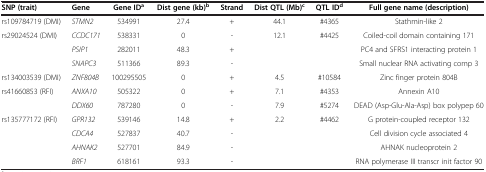
<table><thead><tr><td><b>SNP (trait)</b></td><td><b>Gene</b></td><td><b>Gene ID<sup>a</sup></b></td><td><b>Dist gene (kb)<sup>b</sup></b></td><td><b>Strand</b></td><td><b>Dist QTL (Mb)<sup>c</sup></b></td><td><b>QTL ID<sup>d</sup></b></td><td><b>Full gene name (description)</b></td></tr></thead><tbody><tr><td>rs109784719 (DMI)</td><td><i>STMN2</i></td><td>534991</td><td>27.4</td><td>+</td><td>44.1</td><td>#4365</td><td>Stathmin-like 2</td></tr><tr><td>rs29024524 (DMI)</td><td><i>CCDC171</i></td><td>538331</td><td>0</td><td>-</td><td>12.1</td><td>#4425</td><td>Coiled-coil domain containing 171</td></tr><tr><td> </td><td><i>PSIP1</i></td><td>282011</td><td>48.3</td><td>+</td><td> </td><td> </td><td>PC4 and SFRS1 interacting protein 1</td></tr><tr><td> </td><td><i>SNAPC3</i></td><td>511366</td><td>89.3</td><td>-</td><td> </td><td> </td><td>Small nuclear RNA activating comp 3</td></tr><tr><td>rs134003539 (DMI)</td><td><i>ZNF804B</i></td><td>100295505</td><td>0</td><td>+</td><td>4.5</td><td>#10584</td><td>Zinc finger protein 804B</td></tr><tr><td>rs41660853 (RFI)</td><td><i>ANXA10</i></td><td>505322</td><td>0</td><td>+</td><td>7.1</td><td>#4353</td><td>Annexin A10</td></tr><tr><td> </td><td><i>DDX60</i></td><td>787280</td><td>0</td><td>-</td><td>7.9</td><td>#5274</td><td>DEAD (Asp-Glu-Ala-Asp) box polypep 60</td></tr><tr><td>rs135777172 (RFI)</td><td><i>GPR132</i></td><td>539146</td><td>14.8</td><td>+</td><td>2.2</td><td>#4462</td><td>G protein-coupled receptor 132</td></tr><tr><td> </td><td><i>CDCA4</i></td><td>527837</td><td>40.7</td><td>-</td><td> </td><td> </td><td>Cell division cycle associated 4</td></tr><tr><td> </td><td><i>AHNAK2</i></td><td>527701</td><td>84.9</td><td>-</td><td> </td><td> </td><td>AHNAK nucleoprotein 2</td></tr><tr><td> </td><td><i>BRF1</i></td><td>618161</td><td>93.3</td><td>-</td><td> </td><td> </td><td>RNA polymerase III transcr init factor 90</td></tr></tbody></table>